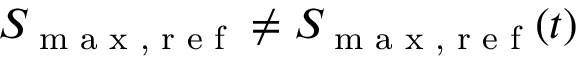
S _ { \textrm { m a x , r e f } } \neq S _ { \textrm { m a x , r e f } } ( t )